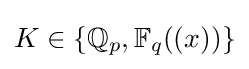
K\in \{\mathbb {Q} _{p},\mathbb {F} _{q}((x))\}